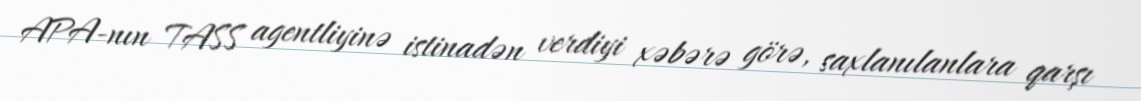
APA-nın TASS agentliyinə istinadən verdiyi xəbərə görə, saxlanılanlara qarşı